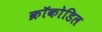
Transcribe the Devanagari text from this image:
क्रॉकोडिल